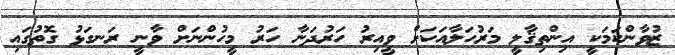
ޒުވާންކަމަކީ އިންތިޤާލީ މަރުހަލާއަކަށް ވީއިރު ހަރުދަނާ ހަރު މީހުންނަށް ވާނީ ރަނގަޅު ގޮތުގައި